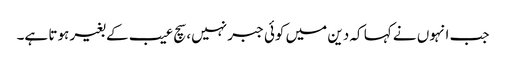
جب انہوں نے کہا کہ دین میں کوئی جبر نہیں، سچ عیب کے بغیر ہوتا ہے۔